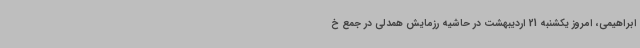
ابراهیمی، امروز یکشنبه 21 اردیبهشت در حاشیه رزمایش همدلی در جمع خ